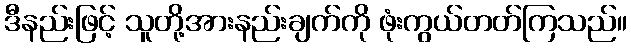
ဒီနည်းဖြင့် သူတို့အားနည်းချက်ကို ဖုံးကွယ်တတ်ကြသည်။